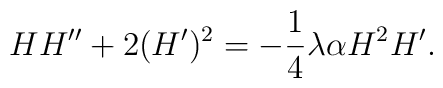
HH''+2(H')^2=-\frac{1}{4}\lambda\alpha H^2H'.